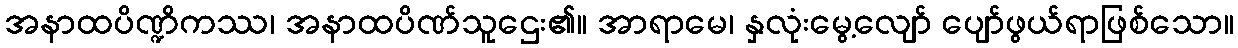
အနာထပိဏ္ဍိကဿ၊ အနာထပိဏ်သူဌေး၏။ အာရာမေ၊ နှလုံးမွေ့လျော် ပျော်ဖွယ်ရာဖြစ်သော။